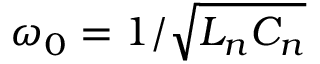
\omega _ { 0 } = 1 / \sqrt { L _ { n } C _ { n } }